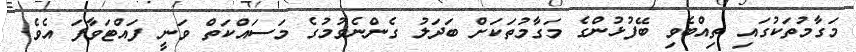
މަގާމުތަކުގައި ތިއްބެވި ބޭފުޅުންގެ މަގާމުތަކަށް ބަދަލު ގެންނެވުމުގެ މަސައްކަތް ވަނީ ފައްޓަވާފަ އެވެ.